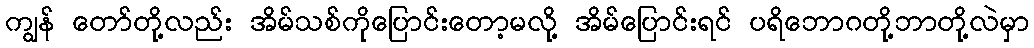
ကျွန် တော်တို့လည်း အိမ်သစ်ကိုပြောင်းတော့မလို့ အိမ်ပြောင်းရင် ပရိဘောဂတို့ဘာတို့လဲမှာ